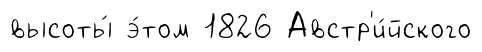
высоты́ э́том 1826 Австр'и́йского